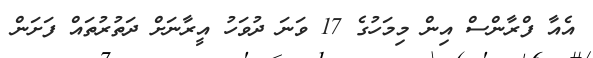
އެއާ ފްރާންސް އިން މިމަހުގެ 17 ވަނަ ދުވަހު އީރާނަށް ދަތުރުތައް ފަށަން